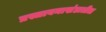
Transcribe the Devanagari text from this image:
प्रस्तावनाखंडातील